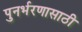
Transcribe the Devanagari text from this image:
पुनर्भरणासाठी